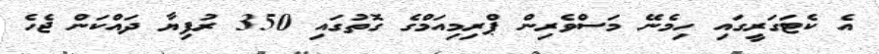
އެ ކެޓަގަރީގައި ހިމެނޭ މަސްވެރިން ޕްރިމިއަމްގެ ގޮތުގައި 350 ރުފިޔާ ދައްކަން ޖެހެ